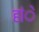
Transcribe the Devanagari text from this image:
हांे